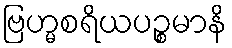
ဗြဟ္မစရိယပဉ္စမာနိ